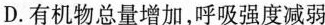
D.有机物总量增加，呼吸强度减弱